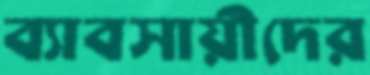
ব্যাবসায়ীদের